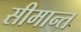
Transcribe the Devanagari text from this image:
सीमान्‍त